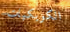
الكويكبات